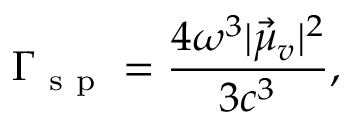
\Gamma _ { \mathrm { ~ s ~ p ~ } } = \frac { 4 \omega ^ { 3 } | \vec { \mu } _ { v } | ^ { 2 } } { 3 c ^ { 3 } } ,